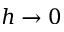
h \rightarrow 0